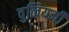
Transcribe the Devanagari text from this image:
वुलियमी